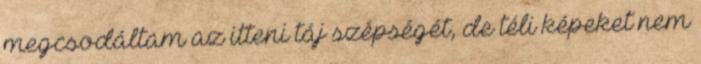
megcsodáltam az itteni táj szépségét, de téli képeket nem